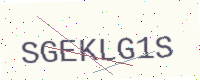
Text: SGEKLG1S